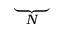
\underbrace { \phantom { D _ { \theta } ^ { ( 1 ) } } } _ { N }